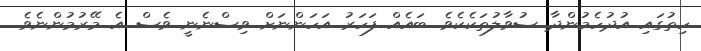
ހިތުގައި އުދުހެމުންދާ ސުވާލުތަކެކެވެ. ބައެއް ފަހަރު އަހަންނަށް ވިސްނެނީ ވެސް އެ މޭރުމުންނެވެ.